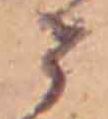
せ